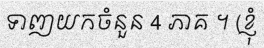
ទាញយកចំនួន 4 ភាគ ។ (ខ្ញុំ